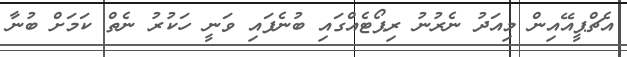
އެޗްޕީއޭއިން މިއަދު ނެރުނު ރިޕޯޓެއްގައި ބުނެފައި ވަނީ ހަކުރު ނެތް ކަމަށް ބުނާ